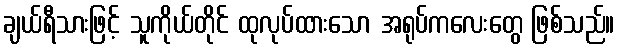
ချယ်ရီသားဖြင့် သူကိုယ်တိုင် ထုလုပ်ထားသော အရုပ်ကလေးတွေ ဖြစ်သည်။